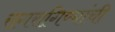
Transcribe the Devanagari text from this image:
रागरागिण्यांची